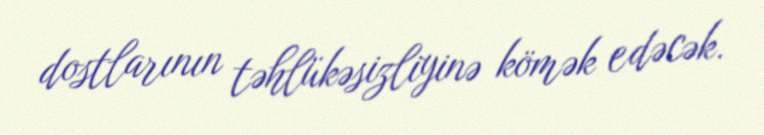
dostlarının təhlükəsizliyinə kömək edəcək.